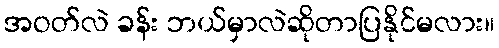
အဝတ်လဲ ခန်း ဘယ်မှာလဲဆိုတာပြနိုင်မလား။